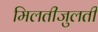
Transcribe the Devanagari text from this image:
मिलतीजुलती